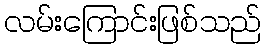
လမ်းကြောင်းဖြစ်သည်